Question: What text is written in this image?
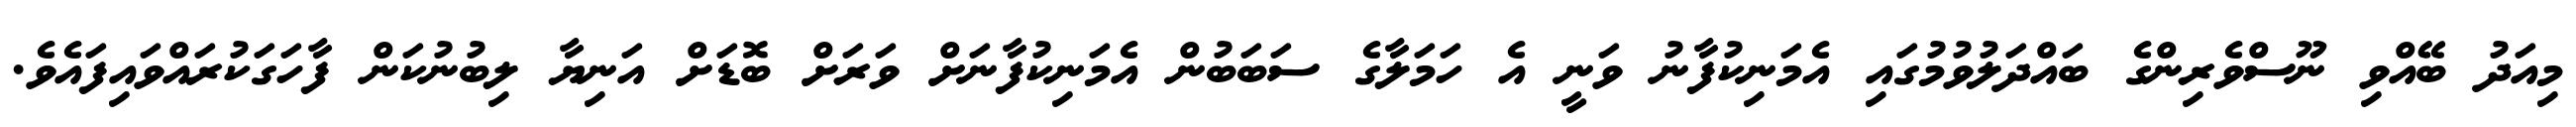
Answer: މިއަދު ބޭއްވި ނޫސްވެރިންގެ ބައްދަލުވުމުގައި އެމަނިކުފާނު ވަނީ އެ ހަމަލާގެ ސަބަބުން އެމަނިކުފާނަށް ވަރަށް ބޮޑަށް އަނިޔާ ލިބުނުކަން ފާހަގަކުރައްވައިފައެވެ.